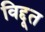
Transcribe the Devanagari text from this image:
विद्दूत